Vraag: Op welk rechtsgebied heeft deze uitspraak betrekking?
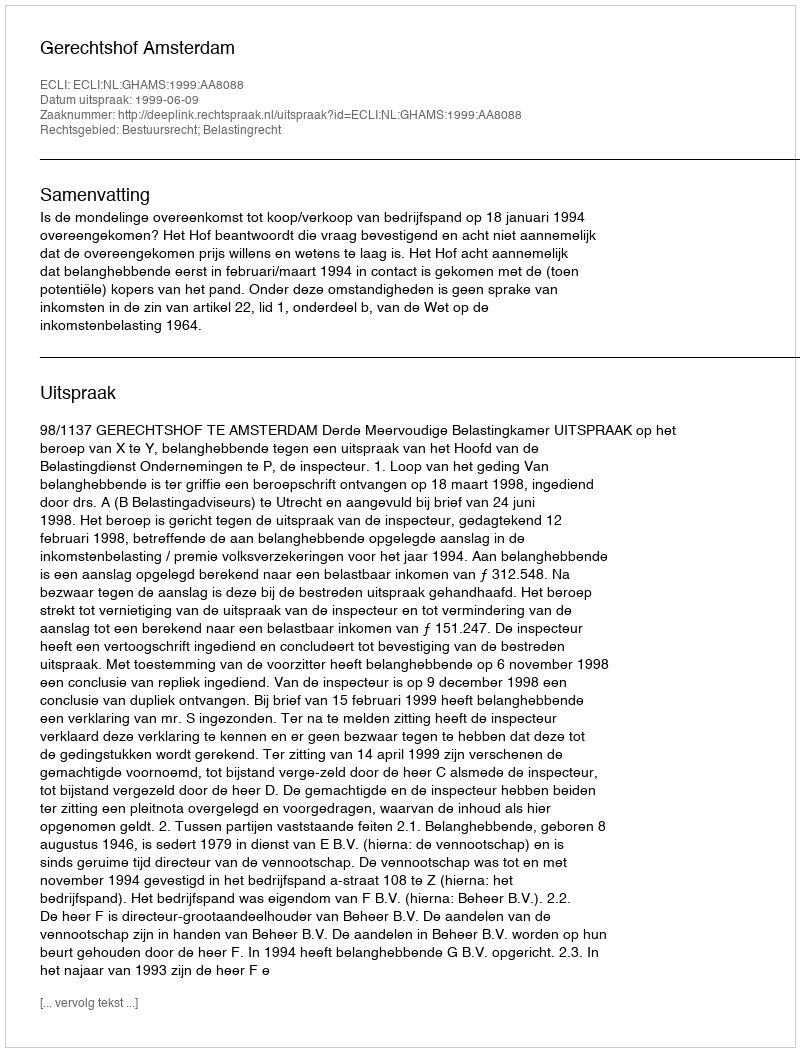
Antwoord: Bestuursrecht; Belastingrecht